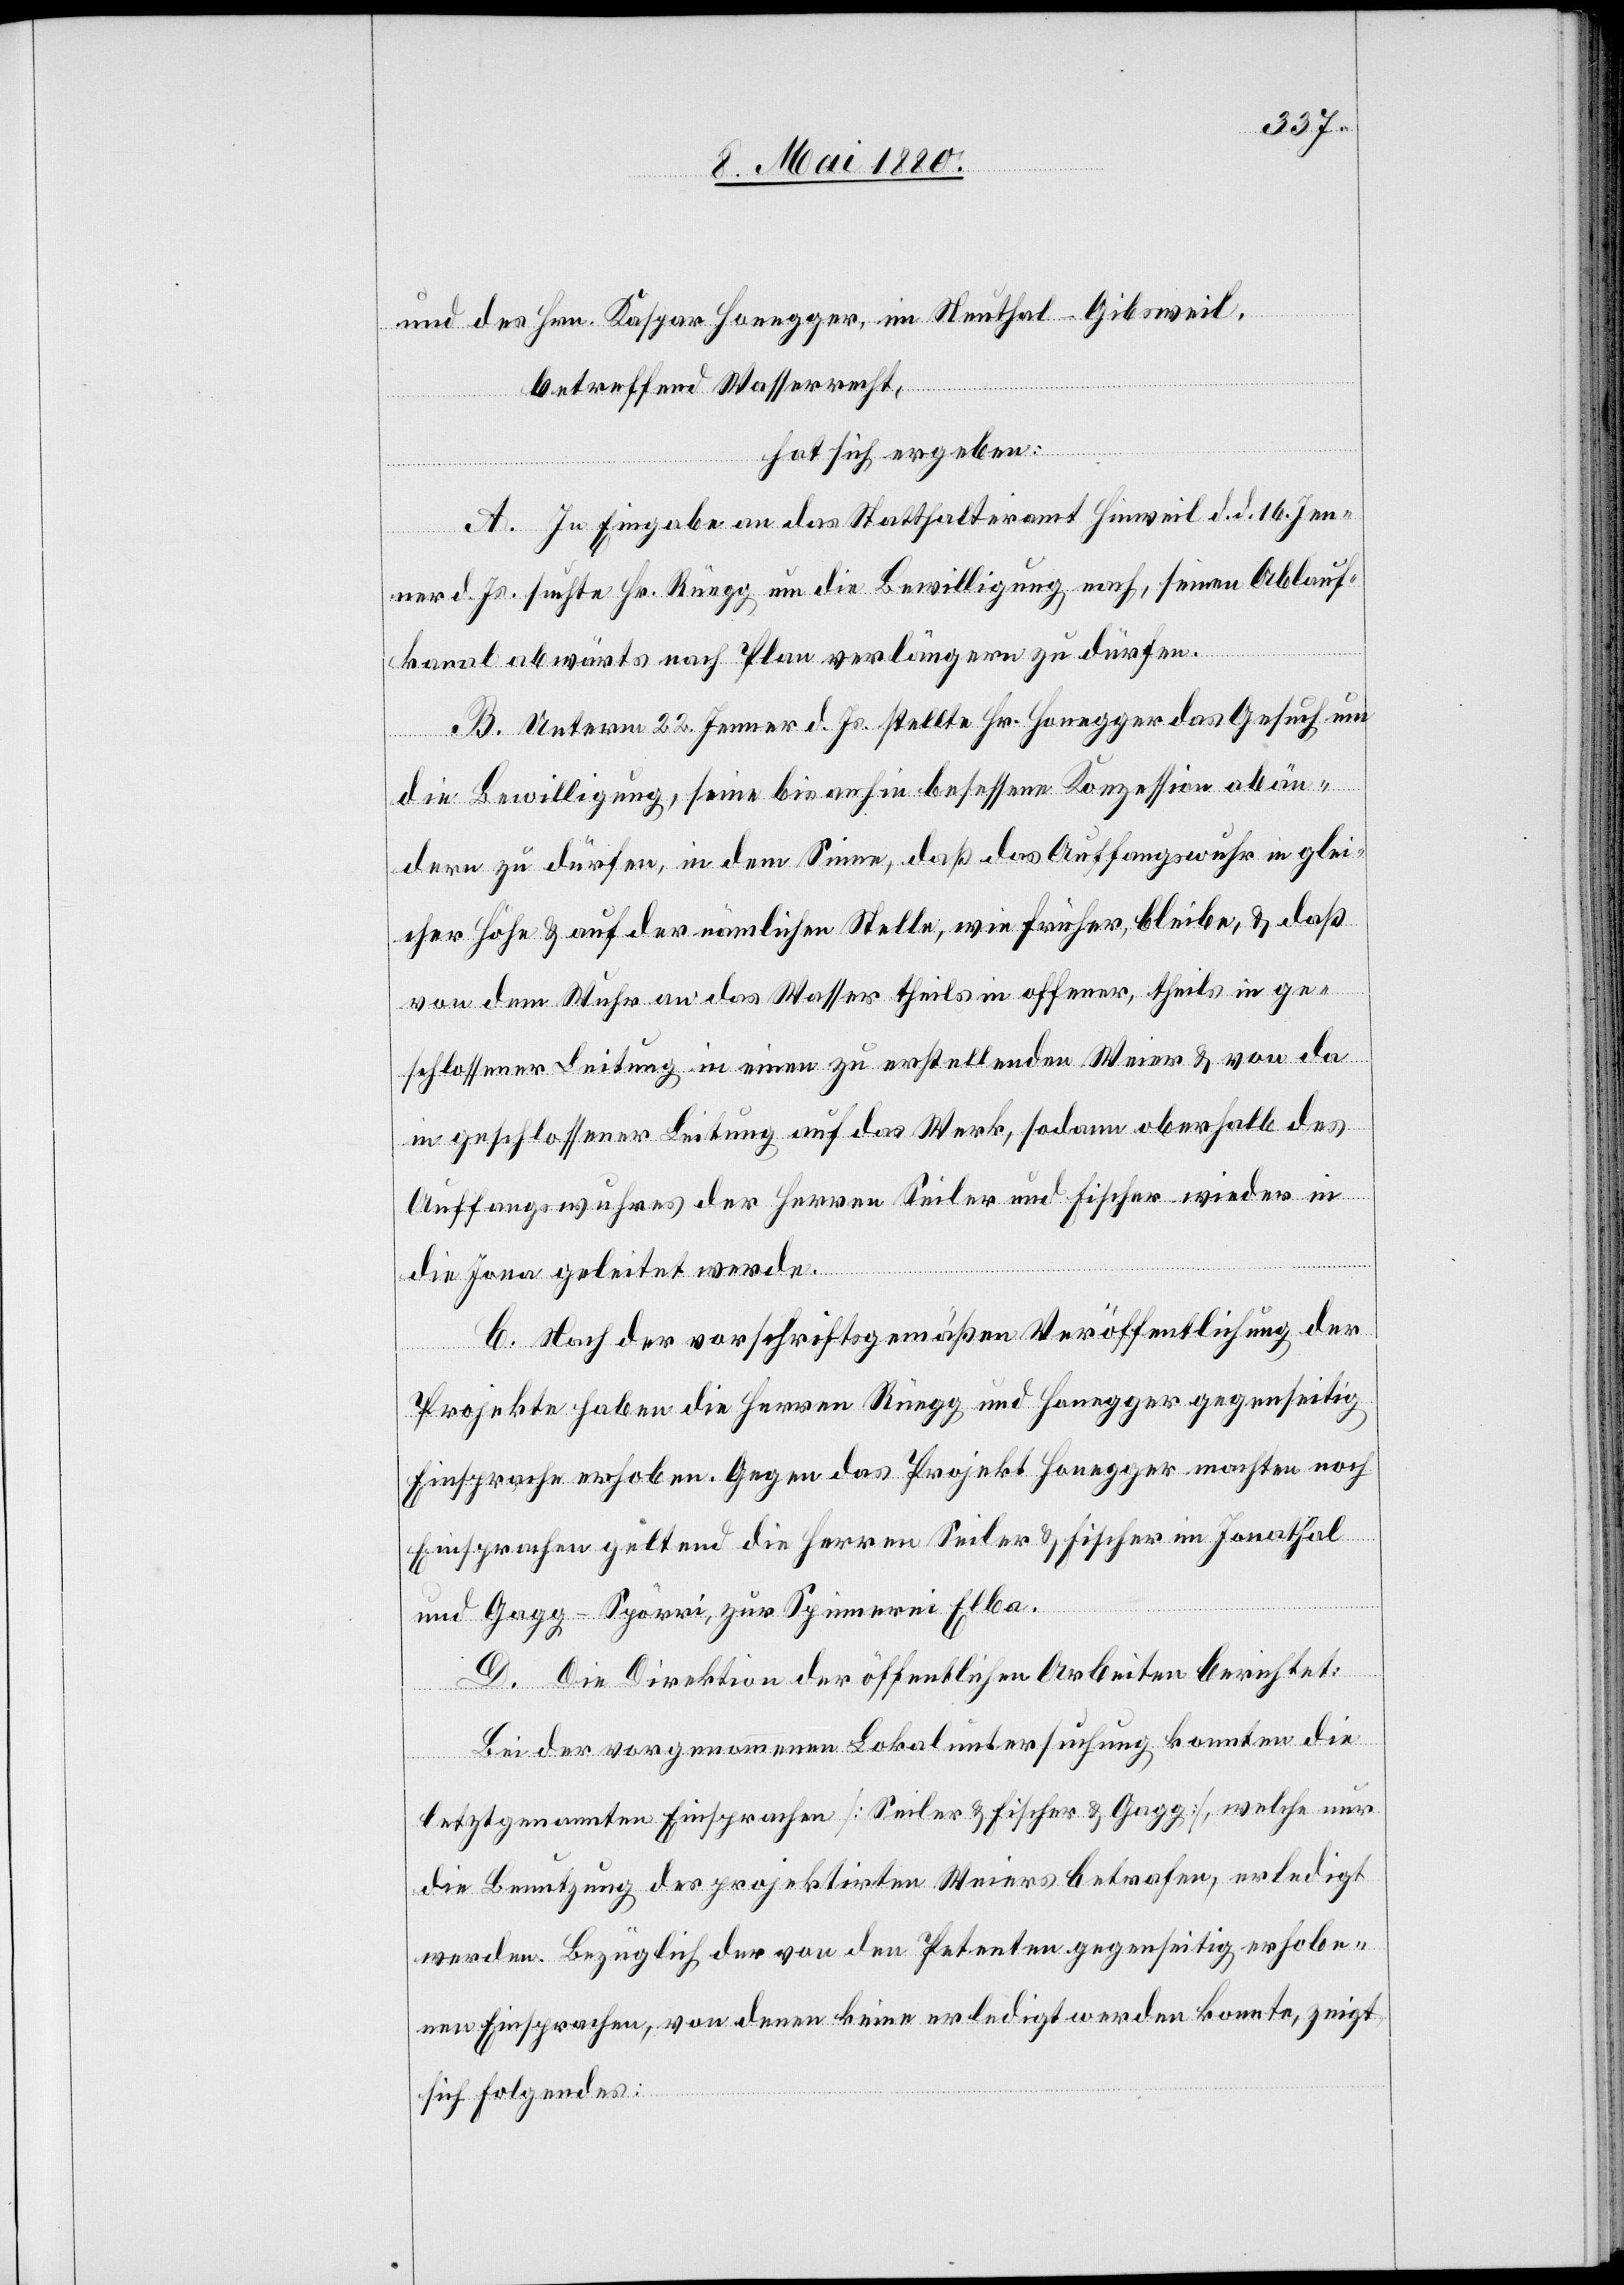
und des Hrn. Kaspar Honegger, im Neuthal - Gibsweil,
betreffend Wasserrecht,
hat sich ergeben:
A. in Eingabe an das Statthalteramt Hinweil d. d. 16. Jen¬
ner d. Js. suchte Hr. Rüegg um die Bewilligung nach, seinen Ablauf¬
kanal abwärts nach Plan verlängern zu dürfen.
B. Unterm 22. Jenner d. Js. stellte Hr. Honegger das Gesuch um
die Bewilligung, seine bis anhin besessene Konzession abän¬
dern zu dürfen, in dem Sinne, daß das Auffangswuhr in glei¬
cher Höhe & auf der nämlichen Stelle, wie früher, bleibe, & daß
von dem Wuhr an das Wasser theils in offener, theils in ge¬
schlossener Leitung in einen zu erstellenden Weier & von da
in geschlossener Leitung auf das Werk, sodann oberhalb des
Auffangswuhres der Herren Seiler und Fischer wieder in
die Jona geleitet werde.
C. Nach der vorschriftsgemäßen Veröffentlichung der
Projekte haben die Herren Rüegg und Honegger gegenseitig
Einsprache erhoben. Gegen das Projekt Honegger machten noch
Einsprachen geltend die Herren Seiler & Fischer im Jonathal
und Gagg-Spörri, zu Spinnerei Elba.
D. Die Direktion der öffentlichen Arbeiten berichtet:
Bei der vorgenommenen Lokaluntersuchung konnten die
letztgenannten Einsprachen [Seiler & Fischer & Gagg], welche nur
die Benutzung des projektirten Weiers betrafen, erledigt
werden. Bezüglich der von den Petenten gegenseitig erhobe¬
nen Einsprachen, von denen keine erledigt werden konnte, zeigt
sich folgendes: